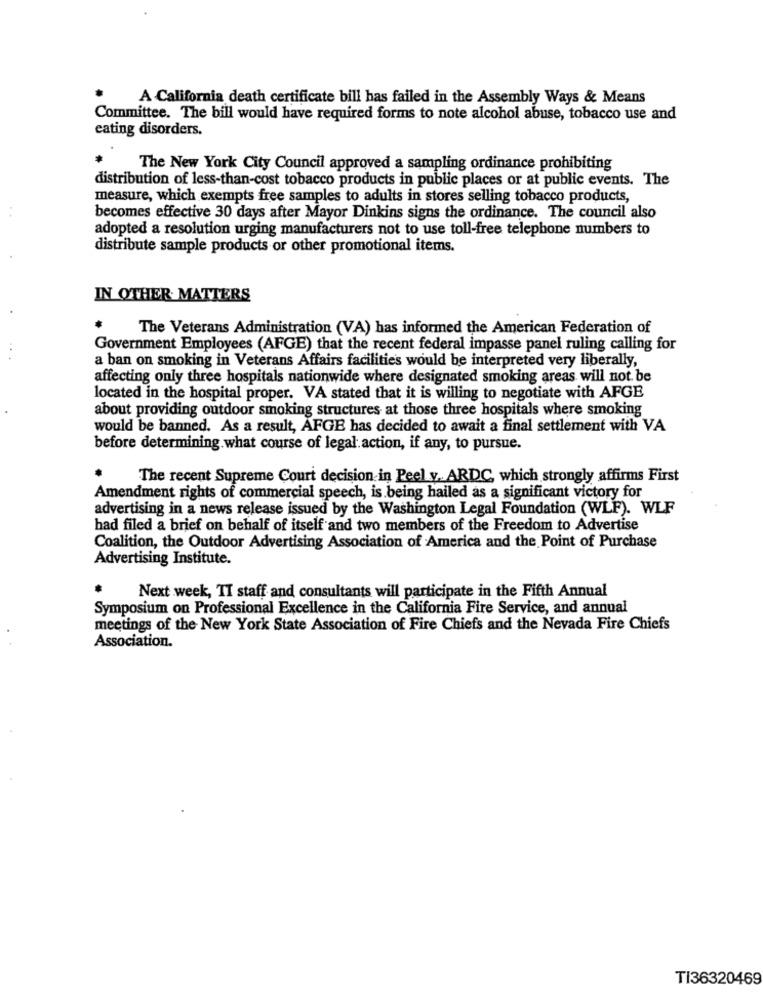
A California death certificate bill has failed in the Assembly Ways & Means
Committee. The bill would have required forms to note alcohol abuse, tobacco use and
eating disorders.
The New York City Council approved a sampling ordinance prohibiting
distribution of less-than-cost tobacco products in public places or at public events. The
measure, which exempts free samples to adults in stores selling tobacco products,
becomes effective 30 days after Mayor Dinkins signs the ordinance. The council also
adopted a resolution urging manufacturers not to use toll-free telephone numbers to
distribute sample products or other promotional items.
IN OTHER MATTERS
The Veterans Administration (VA) has informed the American Federation of
Government Employees (AFGE) that the recent federal impasse panel ruling calling for
a ban on smoking in Veterans Affairs facilities would be interpreted very liberally,
affecting only three hospitals nationwide where designated smoking areas will not be
located in the hospital proper. VA stated that it is willing to negotiate with AFGE
about providing outdoor smoking structures at those three hospitals where smoking
would be banned. As a result, AFGE has decided to await a final settlement with VA
before determining what course of legal action, if any, to pursue.
The recent Supreme Court decision-in Peel y .. ARDC, which strongly affirms First
Amendment rights of commercial speech, is.being hailed as a significant victory for
advertising in a news release issued by the Washington Legal Foundation (WLF). WLF
had filed a brief on behalf of itself and two members of the Freedom to Advertise
Coalition, the Outdoor Advertising Association of America and the Point of Purchase
Advertising Institute.
Next week, TI staff and consultants will participate in the Fifth Annual
Symposium on Professional Excellence in the California Fire Service, and annual
meetings of the New York State Association of Fire Chiefs and the Nevada Fire Chiefs
Association.
TI36320469